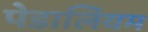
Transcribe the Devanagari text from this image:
पेडालियम